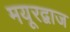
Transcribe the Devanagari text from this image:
मयूरद्वाज